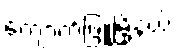
ကျောက်ဖြူမြို့နယ်